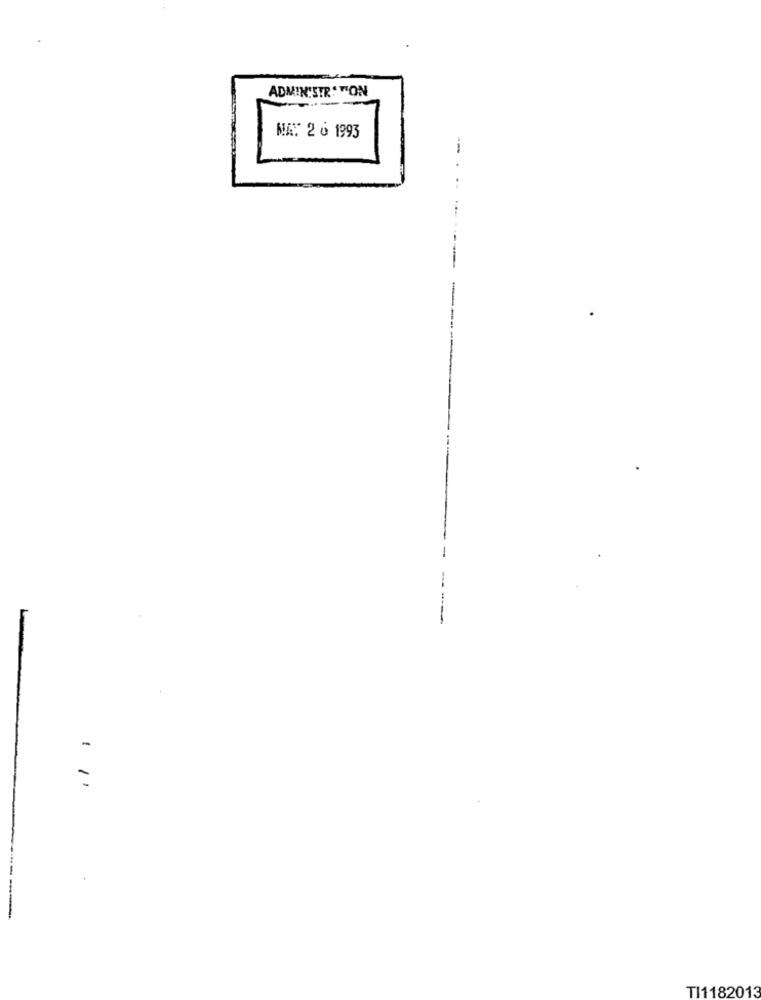
ADMINISTR "TON
MAY 2 0 1993
--
-
TI1182013